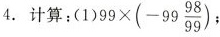
4.计算：(1)$$( 9 9 \times ( - 9 9 \frac { 9 8 } { 9 9 } )$$；